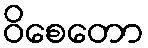
ဝိစေတော